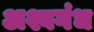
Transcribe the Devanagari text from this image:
अश्वगंध